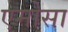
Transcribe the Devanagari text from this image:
एमोसा